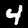
Label: 4